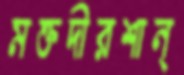
মক্তদীরশান্